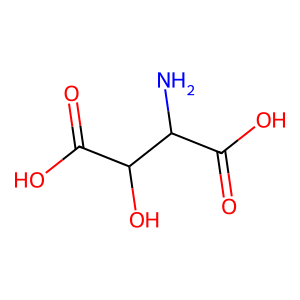
SMILES: NC(C(=O)O)C(O)C(=O)O
Inhibits HIV replication: No